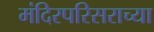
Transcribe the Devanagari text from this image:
मंदिरपरिसराच्या